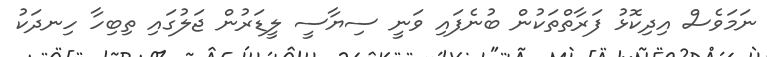
ނަމަވެސް އިދިކޮޅު ފަރާތްތަކުން ބުނެފައި ވަނީ ސިޔާސީ ލީޑަރުން ޖަލުގައި ތިބިހާ ހިނދަކު